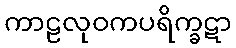
ကာဠလုဝကပရိက္ခဋာ